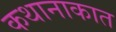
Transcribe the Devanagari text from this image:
कथानाकात